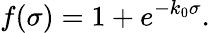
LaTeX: f(\sigma)=1+e^{-k_{0}\sigma}.